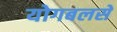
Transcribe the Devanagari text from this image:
योगबलसे